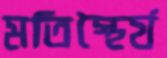
মতিস্থৈর্য